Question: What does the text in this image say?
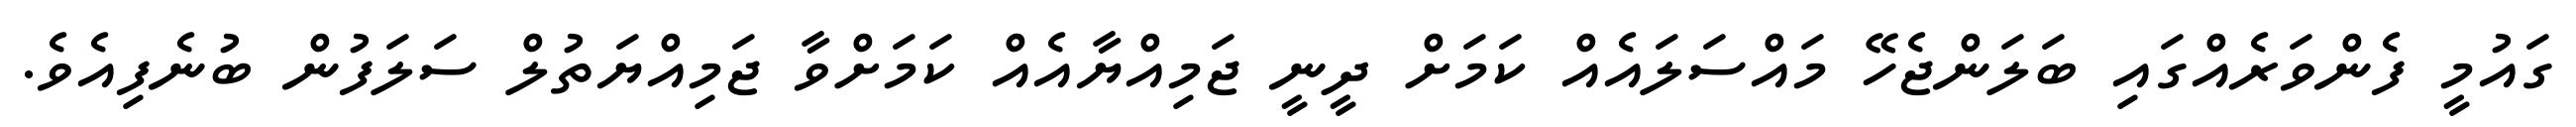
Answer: ގައުމީ ފެންވަރެއްގައި ބަލަންޖެހޭ މައްސަލައެއް ކަމަށް ދީނީ ޖަމިއްޔާއެއް ކަމަށްވާ ޖަމިއްޔަތުލް ސަލަފުން ބުނެފިއެވެ.